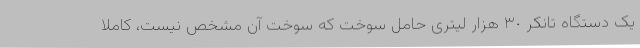
یک دستگاه تانکر ٣٠ هزار لیتری حامل سوخت که سوخت آن مشخص نیست، کاملا